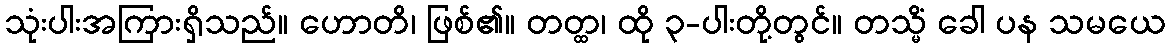
သုံးပါးအကြားရှိသည်။ ဟောတိ၊ ဖြစ်၏။ တတ္ထ၊ ထို ၃-ပါးတို့တွင်။ တသ္မိံ ခေါ ပန သမယေ